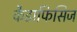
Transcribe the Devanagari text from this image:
कैडाफिसिज